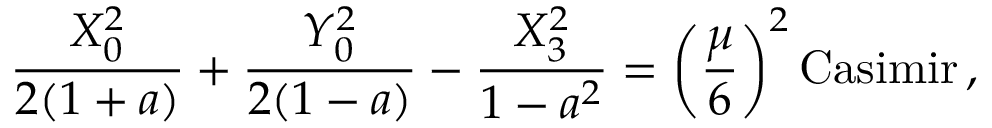
{ \frac { X _ { 0 } ^ { 2 } } { 2 ( 1 + a ) } } + { \frac { Y _ { 0 } ^ { 2 } } { 2 ( 1 - a ) } } - { \frac { X _ { 3 } ^ { 2 } } { 1 - a ^ { 2 } } } = \left( { \frac { \mu } { 6 } } \right) ^ { 2 } \mathrm { C a s i m i r } \, ,